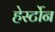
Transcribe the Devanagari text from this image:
हेर्स्टोन